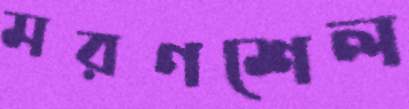
মরণশেল